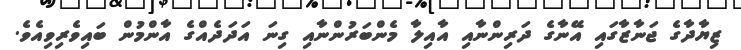
ޒިޔާދާގެ ޖަނާޒާގައި އޭނާގެ ދަރިންނާއި އާއިލާ މެންބަރުންނާއި ގިނަ އަދަދެއްގެ އާންމުން ބައިވެރިވިއެވެ.